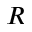
R